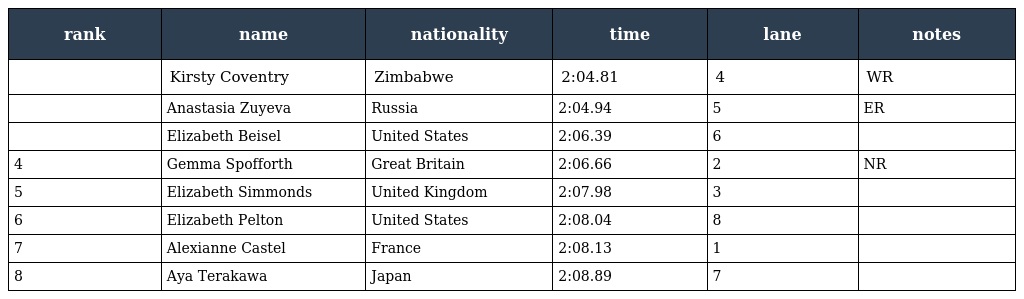
| rank | name | nationality | time | lane | notes |
 | --- | --- | --- | --- | --- | --- |
 |  | Kirsty Coventry | Zimbabwe | 2:04.81 | 4 | WR |
 |  | Anastasia Zuyeva | Russia | 2:04.94 | 5 | ER |
 |  | Elizabeth Beisel | United States | 2:06.39 | 6 |  |
 | 4 | Gemma Spofforth | Great Britain | 2:06.66 | 2 | NR |
 | 5 | Elizabeth Simmonds | United Kingdom | 2:07.98 | 3 |  |
 | 6 | Elizabeth Pelton | United States | 2:08.04 | 8 |  |
 | 7 | Alexianne Castel | France | 2:08.13 | 1 |  |
 | 8 | Aya Terakawa | Japan | 2:08.89 | 7 |  |